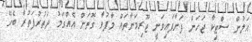
އަލުން ސްޓިކާ ޖަހަން ފަށާފައިވަނީ ޖޫރިމަނާތައް މާފުވާ ގޮތަށް އެއްގަމު ދަތުރުފަތުރާ ބެހޭ